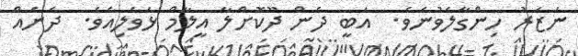
ނަޒަރު ހިންގާލެވުނެވެ.  އަބީ ދެން ދޫކޮށްލާ އީލާމް ޅަވެލިއެވެ.  ދެނެއް